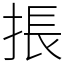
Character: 掁